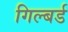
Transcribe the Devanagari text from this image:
गिल्बर्ड